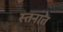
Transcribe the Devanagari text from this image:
स्तनात